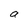
Character: a